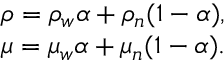
\begin{array} { r } { \rho = \rho _ { w } \alpha + \rho _ { n } ( 1 - \alpha ) , } \\ { \mu = \mu _ { w } \alpha + \mu _ { n } ( 1 - \alpha ) . } \end{array}